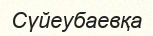
Сүйеубаевқа